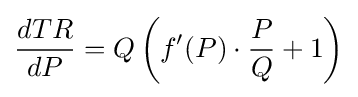
{\frac {dTR}{dP}}=Q\left(f'(P)\cdot {\frac {P}{Q}}+1\right)